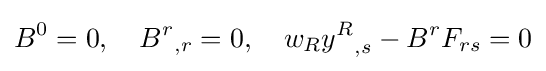
B^{0}=0,\ \ \ {B^{r}}_{,r}=0,\ \ \ w_{R}{y^{R}}_{,s}-B^{r}F_{rs}=0